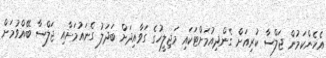
އެހެންކަމުން ޖަލްސާ ކުރިއަށް ގެންދިއުމަށްޓަކައި މަޖިލީހުގެ ގަވާއިދަށް ބަދަލު ގެނައުމަށާއި ޖަލްސާ ބޭއްވުމަށް